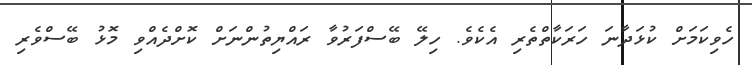
ހެވިކަމަށް ކުޅަދާނަ ހަރަކާތްތެރި އެކެވެ. ހިލޭ ބޭސްފަރުވާ ރައްޔިތުންނަށް ކޮށްދެއްވި މޮޅު ބޭސްވެރި